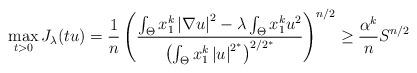
LaTeX: \begin{align*}\max_{t>0}J_{\lambda}(tu)=\frac{1}{n}\left( \frac{\int_{\Theta}x_{1}^{k}\left\vert \nabla u\right\vert ^{2}-\lambda\int_{\Theta}x_{1}^{k}u^{2}}{\left( \int_{\Theta}x_{1}^{k}\left\vert u\right\vert ^{2^{\ast}}\right)^{2/2^{\ast}}}\right) ^{n/2}\geq\frac{\alpha^{k}}{n}S^{n/2}\end{align*}